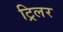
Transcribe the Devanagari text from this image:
ट्रिलर